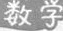
数学